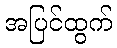
အပြင်ထွက်